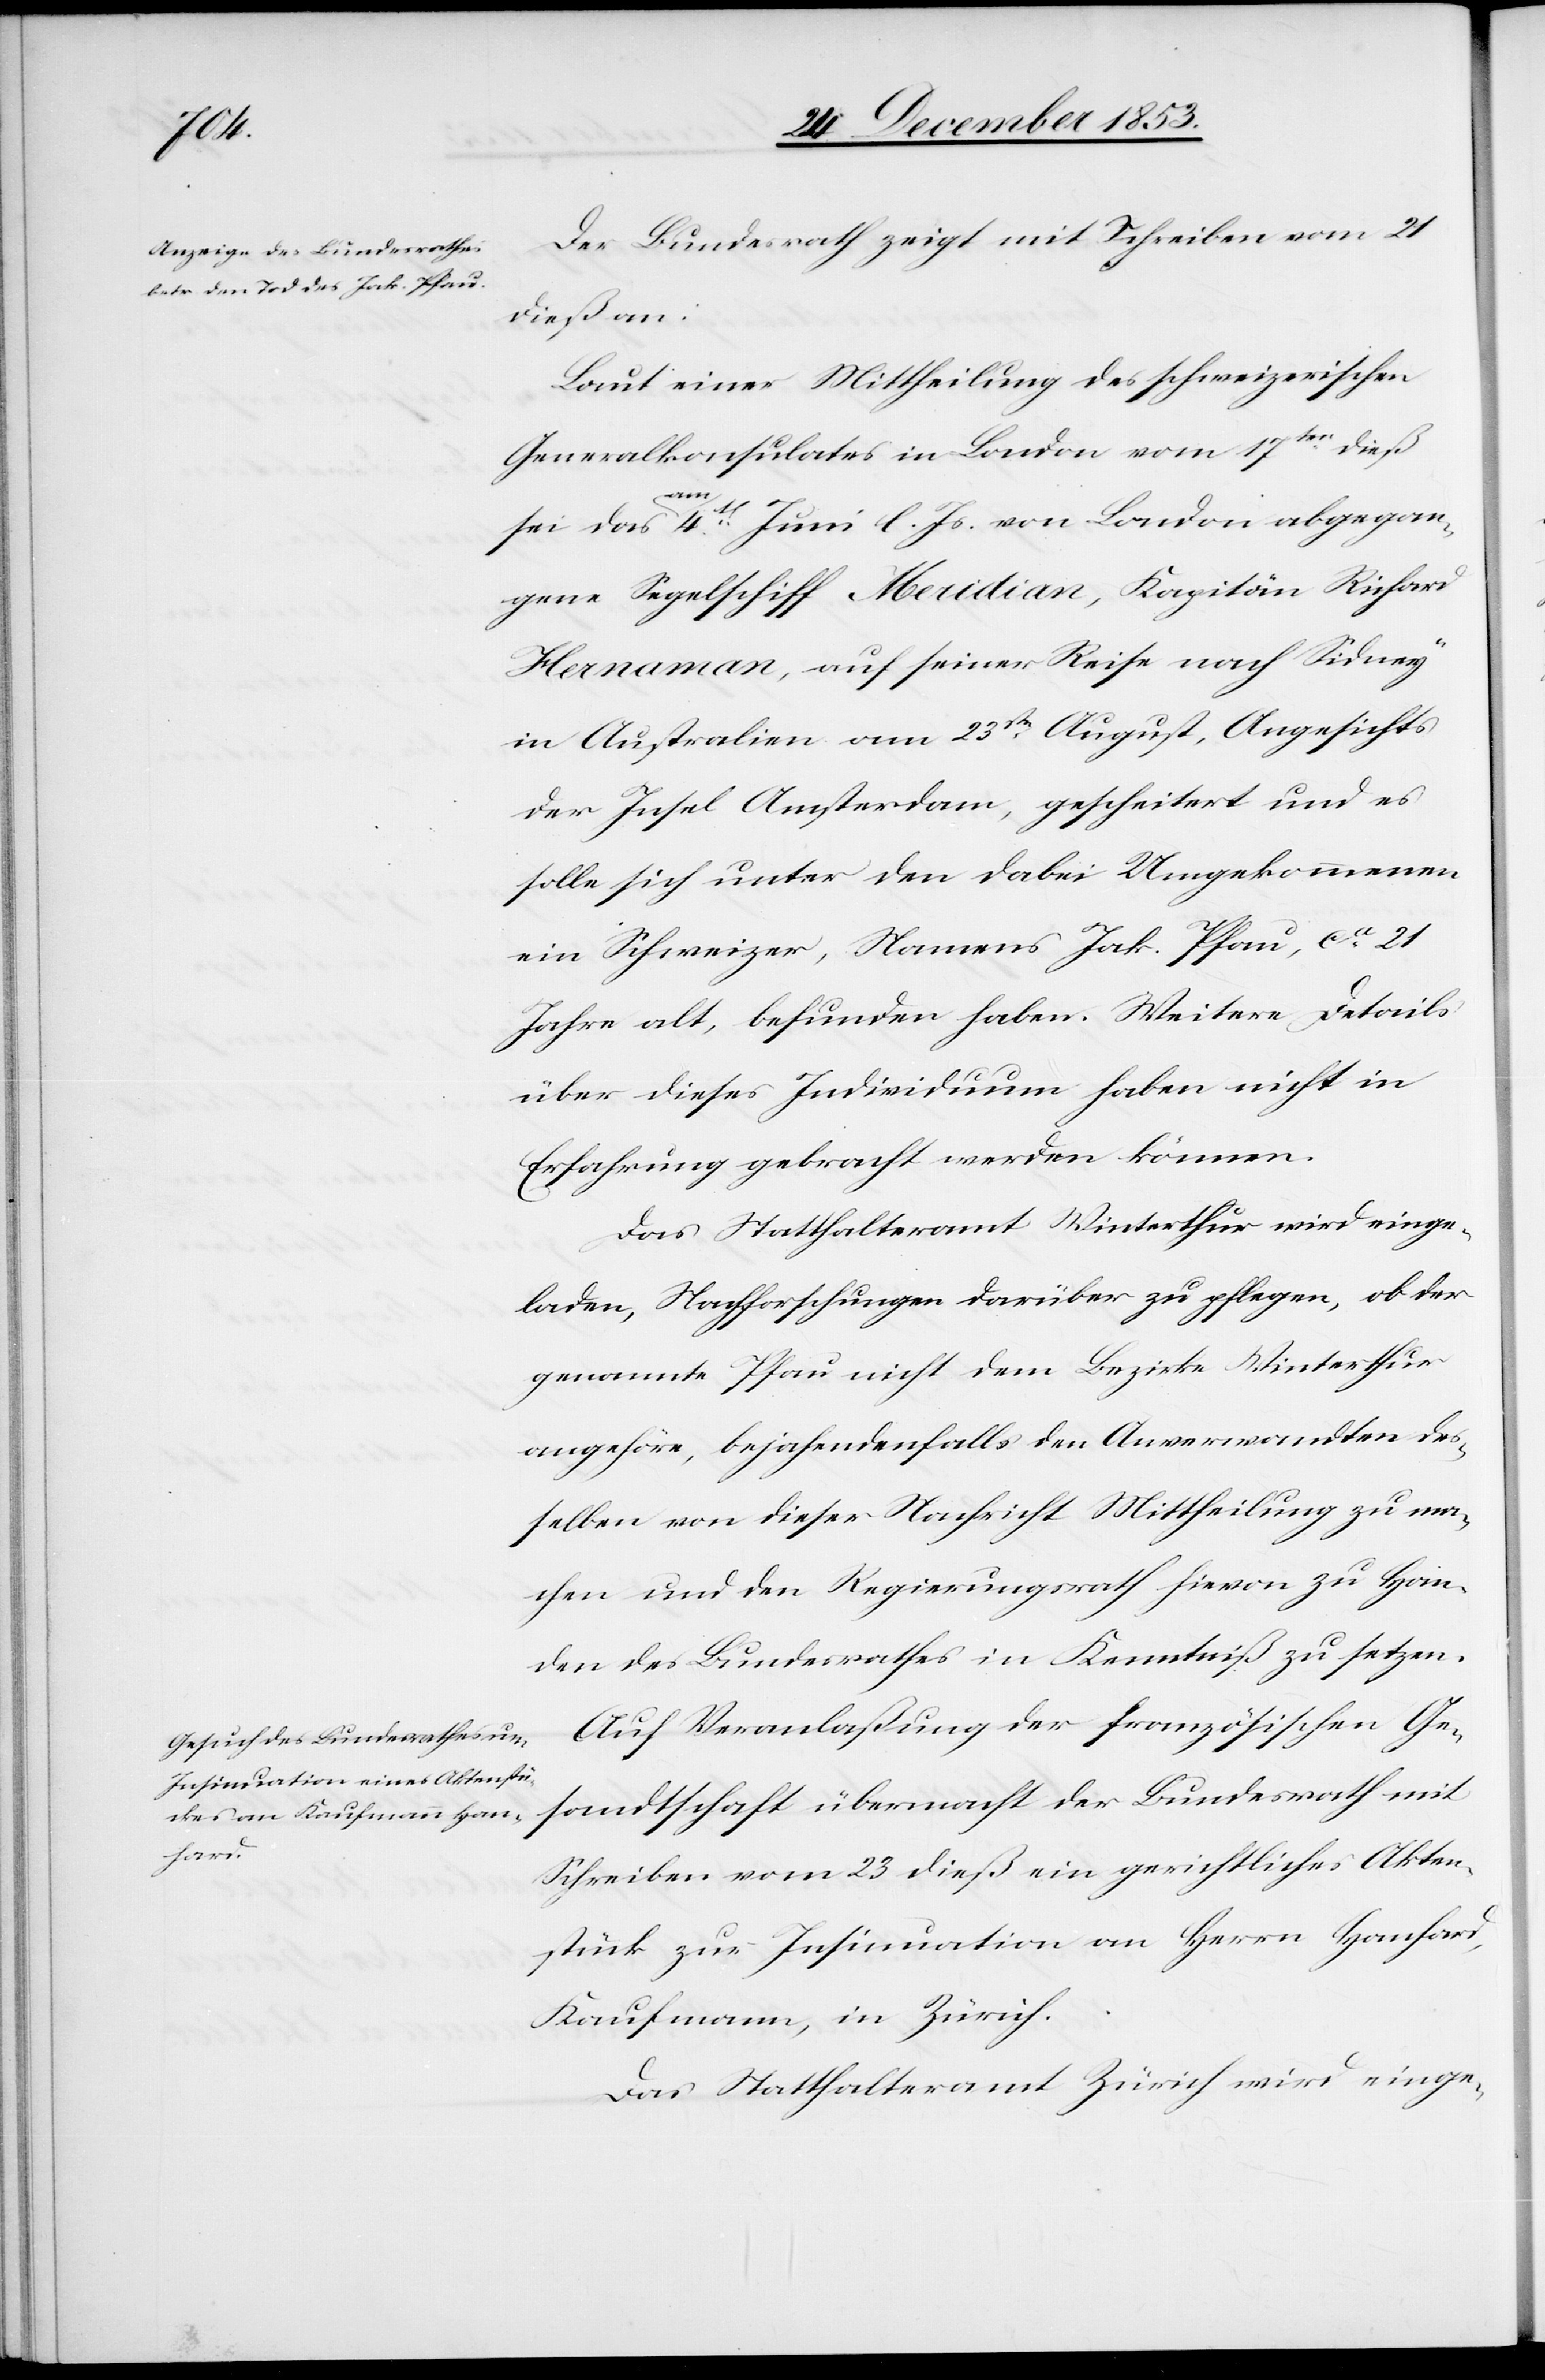
Der Bundesrath zeigt mit Schreiben vom 21
dieß an:
Laut einer Mittheilung des schweizerischen
Generalkonsulates in London vom 17ten dieß
sei das am 4t Juni l. Js. von London abgegan¬
gene Segelschiff Meridian, Kapitän Richard
Hernaman, auf seiner Reise nach Sidney
in Australien am 23sten August, Angesichts
der Insel Amsterdam, gescheitert und es
solle sich unter den dabei Umgekommenen
ein Schweizer, Namens Jak. Pfau, ca 21
Jahre alt, befunden haben. Weitere Details
über dieses Individuum haben nicht in
Erfahrung gebracht werden können.
Das Statthalteramt Winterthur wird einge¬
laden, Nachforschungen darüber zu pflegen, ob der
genannte Pfau nicht dem Bezirke Winterthur
angehöre, bejahendenfalls den Anverwandten des¬
selben von dieser Nachricht Mittheilung zu ma¬
chen, und den Regierungsrath hievon zu Han¬
den des Bundesrathes in Kenntniß zu setzen.
Auf Veranlaßung der französischen Ge¬
sandtschaft übermacht der Bundesrath mit
Schreiben vom 23 dieß ein gerichtliches Akten¬
stück zur Insinuation an Herrn Hanfard,
Kaufmann, in Zürich.
Das Statthalteramt Zürich wird einge-